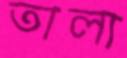
তালা